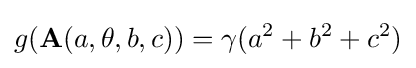
g(\mathbf {A} (a,\theta ,b,c))=\gamma (a^{2}+b^{2}+c^{2})